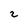
Character: 2